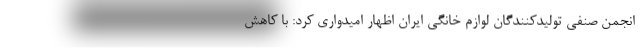
انجمن صنفی تولیدکنندگان لوازم خانگی ایران اظهار امیدواری کرد: با کاهش